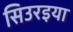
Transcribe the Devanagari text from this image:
सिउरइया